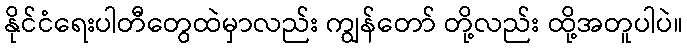
နိုင်ငံရေးပါတီတွေထဲမှာလည်း ကျွန်တော် တို့လည်း ထို့အတူပါပဲ။